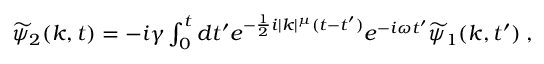
\begin{array} { r } { \widetilde { \psi } _ { 2 } ( k , t ) = - i \gamma \int _ { 0 } ^ { t } d t ^ { \prime } e ^ { - \frac { 1 } { 2 } i | k | ^ { \mu } ( t - t ^ { \prime } ) } e ^ { - i \omega t ^ { \prime } } \widetilde { \psi } _ { 1 } ( k , t ^ { \prime } ) \; , } \end{array}